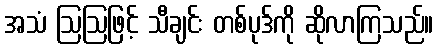
အသံ ဩဩဖြင့် သီချင်း တစ်ပုဒ်ကို ဆိုလာကြသည်။